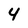
Character: 4